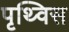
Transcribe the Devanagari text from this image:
पृथ्विस